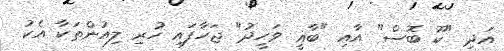
އަދި "ކޫ ބޮސް" އާއި "ބާޣީ ވަހީދު" ޖަހާފައި ހުރި ލިއުންތަކާ އެކު